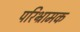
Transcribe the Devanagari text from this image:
परिभ्रामक